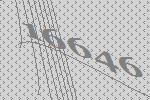
16646